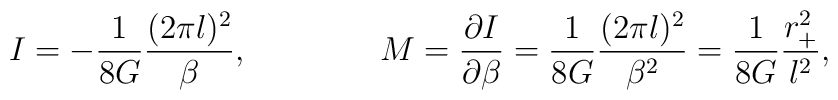
I = - {1\over 8G} {(2\pi l)^2\over\beta}, \qquad \qquad M = {\partial I\over\partial\beta} = {1\over 8G} {(2\pi l)^2\over\beta^2} ={1\over 8G} {r_+^2\over l^2},